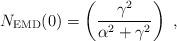
LaTeX: \begin{align*}N_{\rm EMD}(0)= \left( \frac{\gamma^2}{\alpha^2 + \gamma^2} \right)\ ,\end{align*}